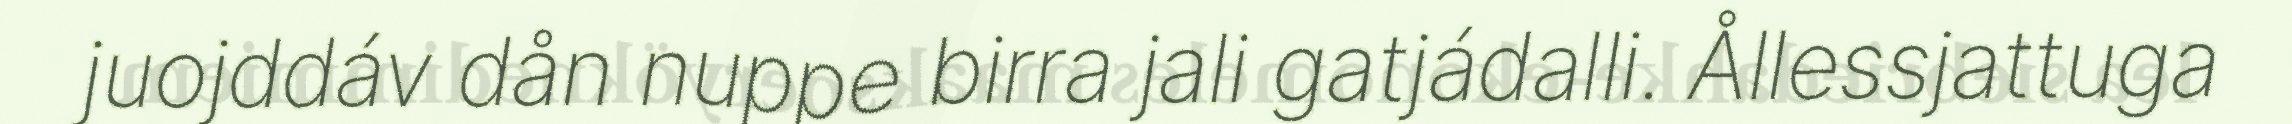
juojddáv dån nuppe birra jali gatjádalli. Ållessjattuga